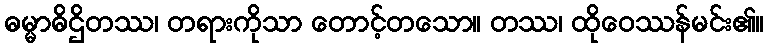
ဓမ္မာဓိဌိတဿ၊ တရားကိုသာ တောင့်တသော။ တဿ၊ ထိုဝေဿန်မင်း၏။